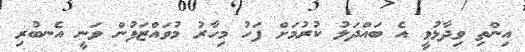
އިންތި ވިދާޅުވީ އެ ބައްދަލު ކުރުމަށް ފަހު މިހާރު މުވައްޒަފުން ވަނީ އެނބުރި